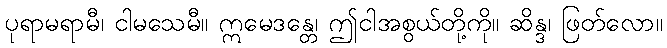
ပုရာမရာမီ၊ ငါမသေမီ။ ဣမေဒန္တေ၊ ဤငါအစွယ်တို့ကို။ ဆိန္ဒ၊ ဖြတ်လော။